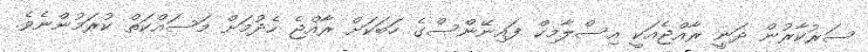
ސަރުކާރުން ދަނީ ރާއްޖެއަކީ އިސްލާމިކް ފައިނޭންސްގެ ހަބަކަށް ރާއްޖެ ހެދުމަށް މަސައްކަތް ކުރަމުންނެވެ.